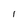
Character: I